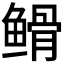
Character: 𮬡